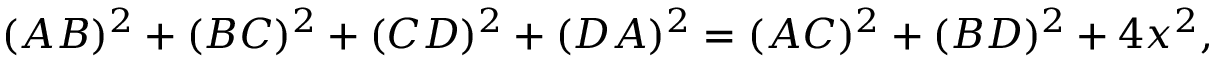
( A B ) ^ { 2 } + ( B C ) ^ { 2 } + ( C D ) ^ { 2 } + ( D A ) ^ { 2 } = ( A C ) ^ { 2 } + ( B D ) ^ { 2 } + 4 x ^ { 2 } ,